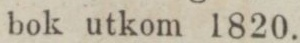
bok utkom 1820.